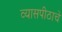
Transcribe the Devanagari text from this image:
व्यासपीठाचे